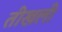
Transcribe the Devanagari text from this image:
तीखली